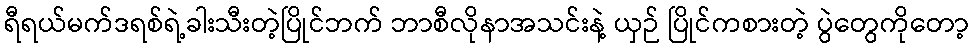
ရီရယ်မက်ဒရစ်ရဲ့ခါးသီးတဲ့ပြိုင်ဘက် ဘာစီလိုနာအသင်းနဲ့ ယှဉ် ပြိုင်ကစားတဲ့ ပွဲတွေကိုတော့